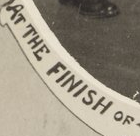
AT THE FINISH OF